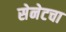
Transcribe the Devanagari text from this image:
सेनेटचा